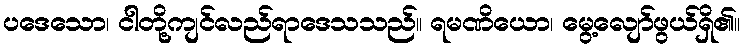
ပဒေသော၊ ငါတို့ကျင်လည်ရာဒေသသည်။ ရမဏိယော၊ မွေ့လျော်ဖွယ်ရှိ၏။